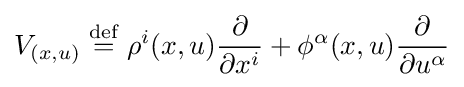
V_{(x,u)}\mathrel {\stackrel {\mathrm {def} }{=}} \rho ^{i}(x,u){\frac {\partial }{\partial x^{i}}}+\phi ^{\alpha }(x,u){\frac {\partial }{\partial u^{\alpha }}}